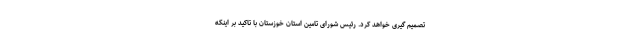
تصمیم گیری خواهد کرد. رئیس شورای تامین استان خوزستان با تاکید بر اینکه